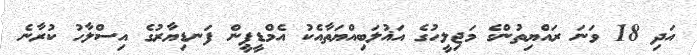
އަދި 18 ވަނަ ރައްޔިތުންގެ މަޖިލީހުގެ އަޣުލަބިއްޔަތާއެކު އެމްޑީޕީން ފަނޑިޔާރުގެ އިސްލާހު ކުރާނެ